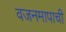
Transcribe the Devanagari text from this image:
वजनमापाची